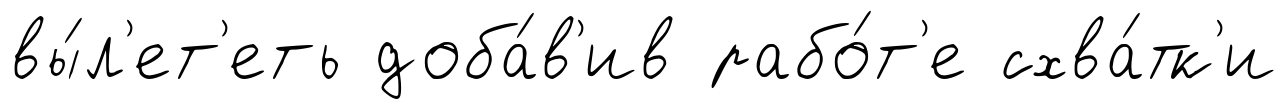
вы́л'ет'еть доба́в'ив рабо́т'е схва́тк'и